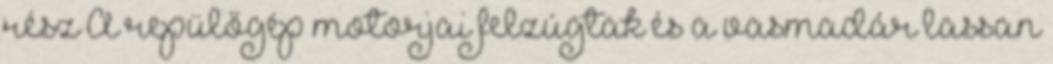
rész A repülőgép motorjai felzúgtak és a vasmadár lassan